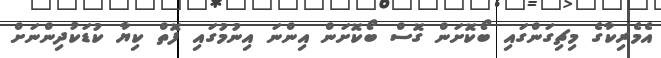
އެމެރިކާގެ މިޗިގަންގައި ބޯކޮށަން ގޮސް ބޯކޮށަން އިންނަ އިނުމުގައި ފޮތް ކިޔާ ކުޑަކުދިންނަށް